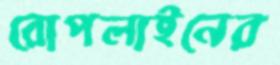
রোপলাইনের